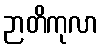
ဉာတိကုလာ